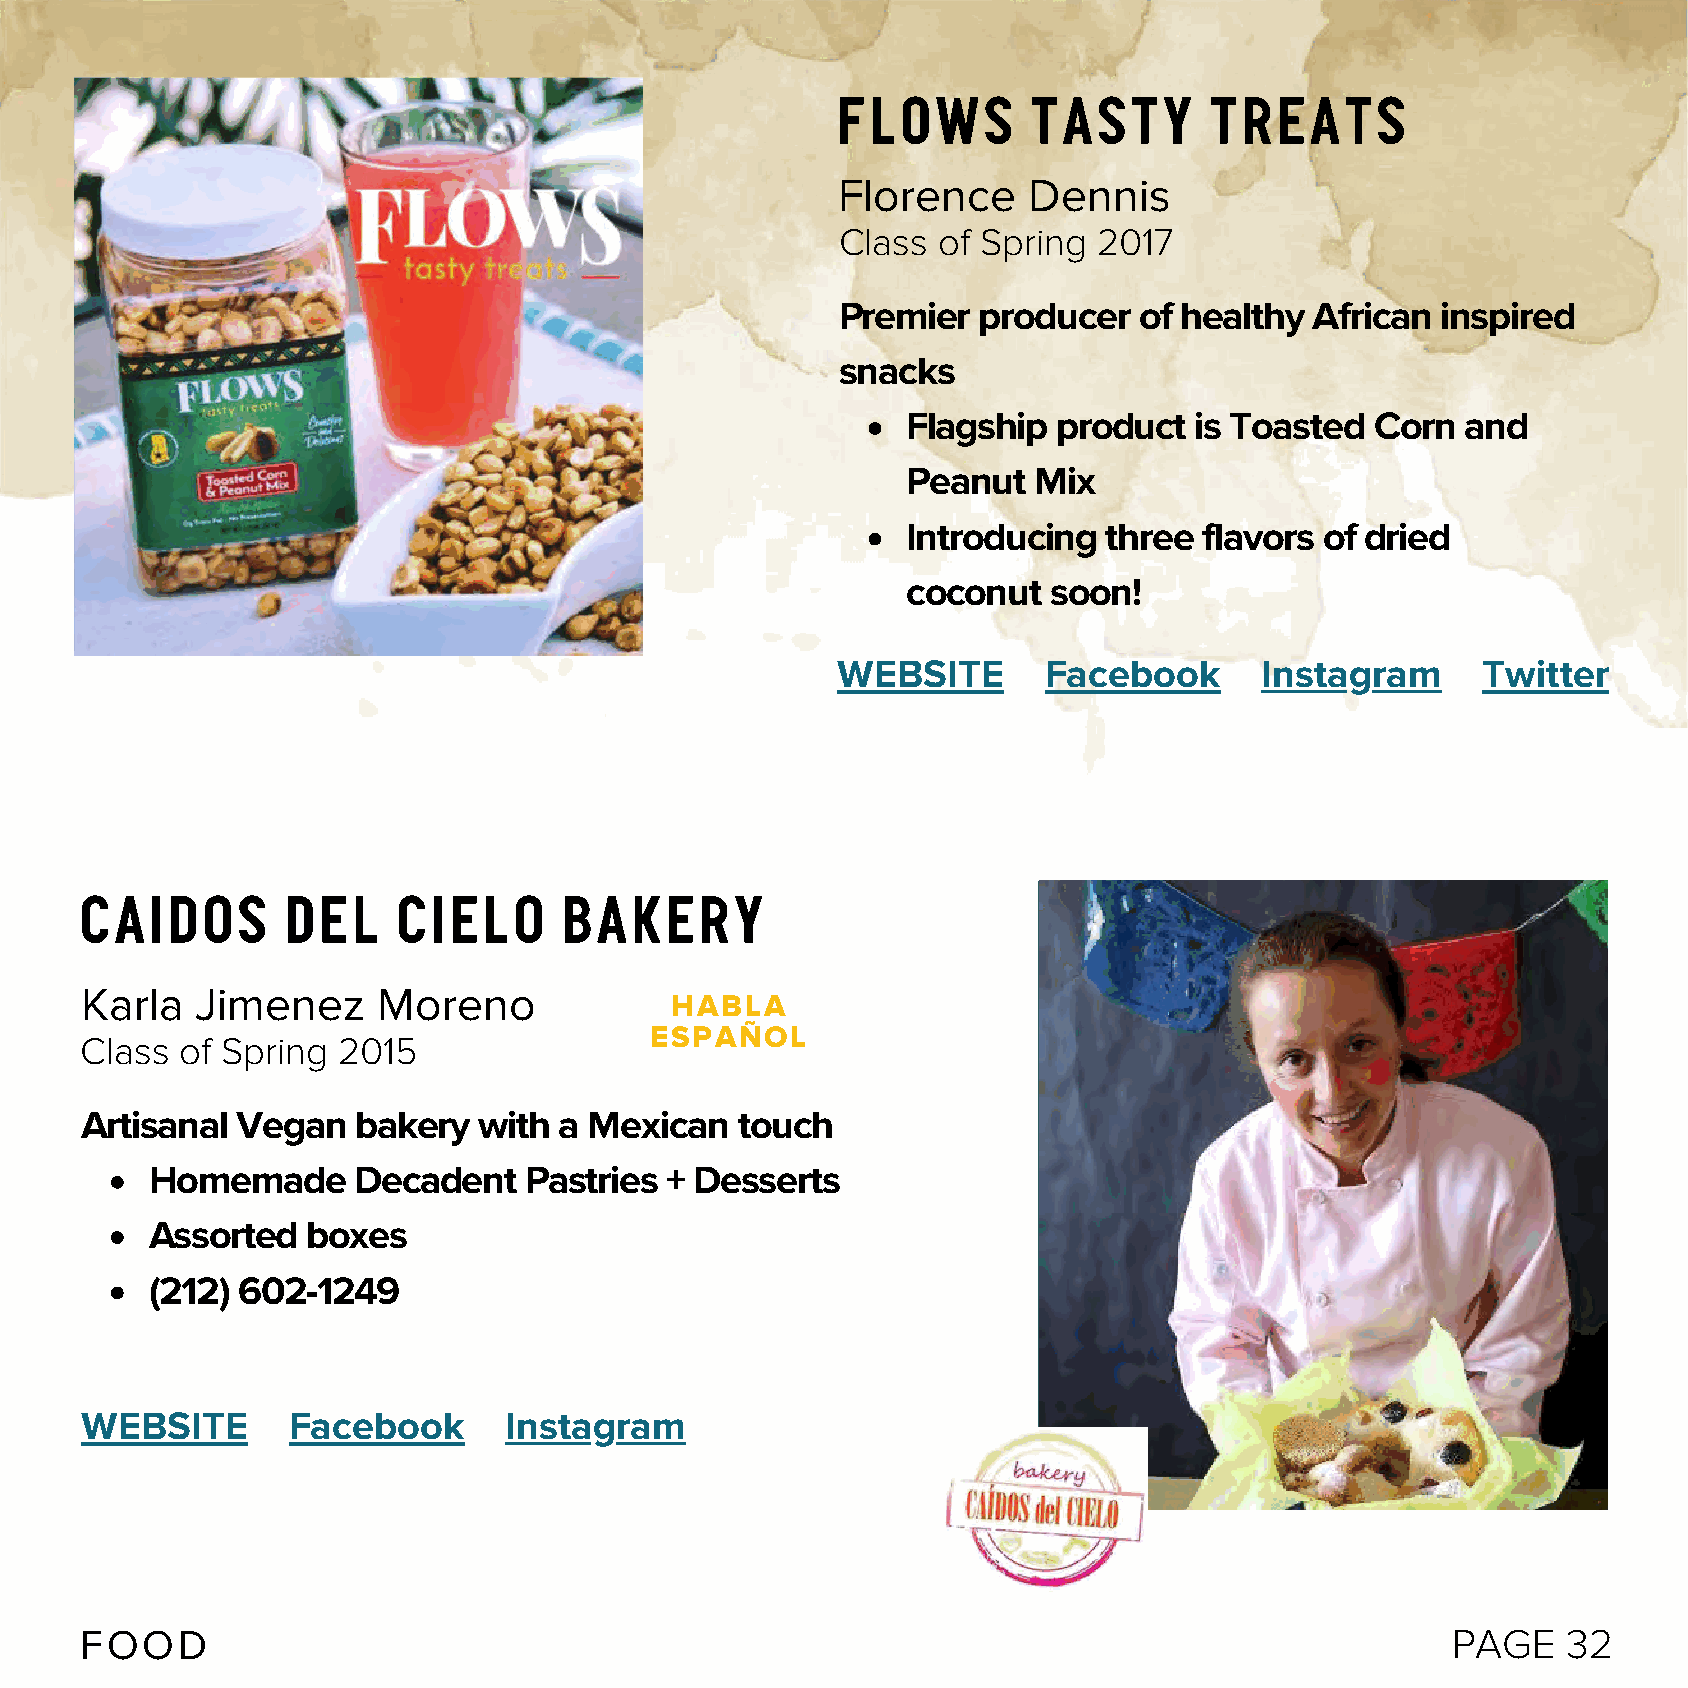
Flows        tasty       treats
 Florence     Dennis
 Class of Spring  2017
 Premier  producer  of healthy  African inspired
 snacks
 Flagship  product  is Toasted  Corn  and
 Peanut  Mix
 Introducing  three  flavors of dried
 coconut  soon!
 WEBSITE       Facebook      Instagram      Twitter
 Caidos        del    Cielo      Bakery
 Karla   Jimenez     Moreno
 HABLA
 ESPAÑOL
 Class  of Spring 2015
 Artisanal  Vegan   bakery  with a Mexican   touch
 Homemade     Decadent    Pastries + Desserts
 Assorted  boxes
 (212) 602-1249
 WEBSITE       Facebook      Instagram
 FOOD                                                                                       PAGE    32